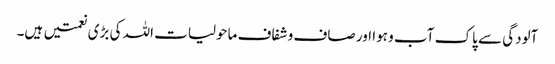
آلودگی سے پاک آب و ہوا اور صاف و شفاف ماحولیات اللہ کی بڑی نعمتیں ہیں۔